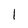
Character: l